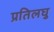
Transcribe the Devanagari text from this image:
प्रतिलघु